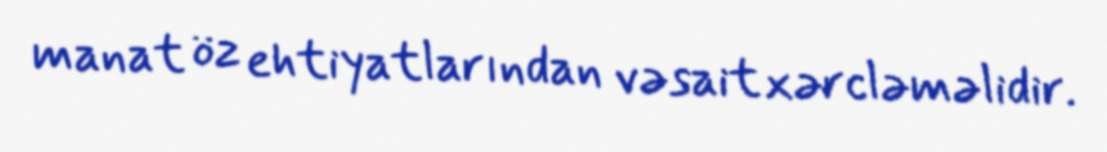
manat öz ehtiyatlarından vəsait xərcləməlidir.